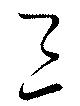
三